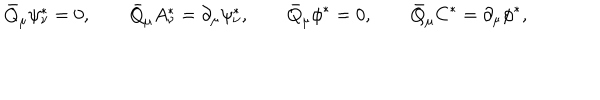
\bar { Q } _ { \mu } \psi _ { \nu } ^ { * } = 0 , \qquad \bar { Q } _ { \mu } A _ { \nu } ^ { * } = \partial _ { \mu } \psi _ { \nu } ^ { * } , \qquad \bar { Q } _ { \mu } \phi ^ { * } = 0 , \qquad \bar { Q } _ { \mu } C ^ { * } = \partial _ { \mu } \phi ^ { * } ,